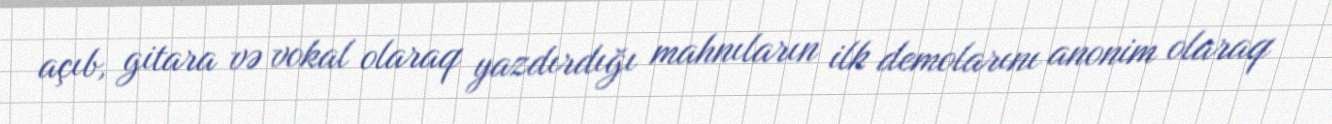
açıb, gitara və vokal olaraq yazdırdığı mahnıların ilk demolarını anonim olaraq